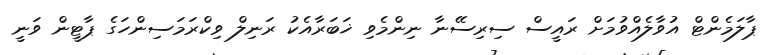
ޕާލަމެންޓް އުވާލެއްވުމަށް ރައީސް ސިރިސޭނާ ނިންމެވި ޚަބަރާއެކު ރަނިލް ވިކްރަމަސިންހަގެ ޕާޓީން ވަނީ